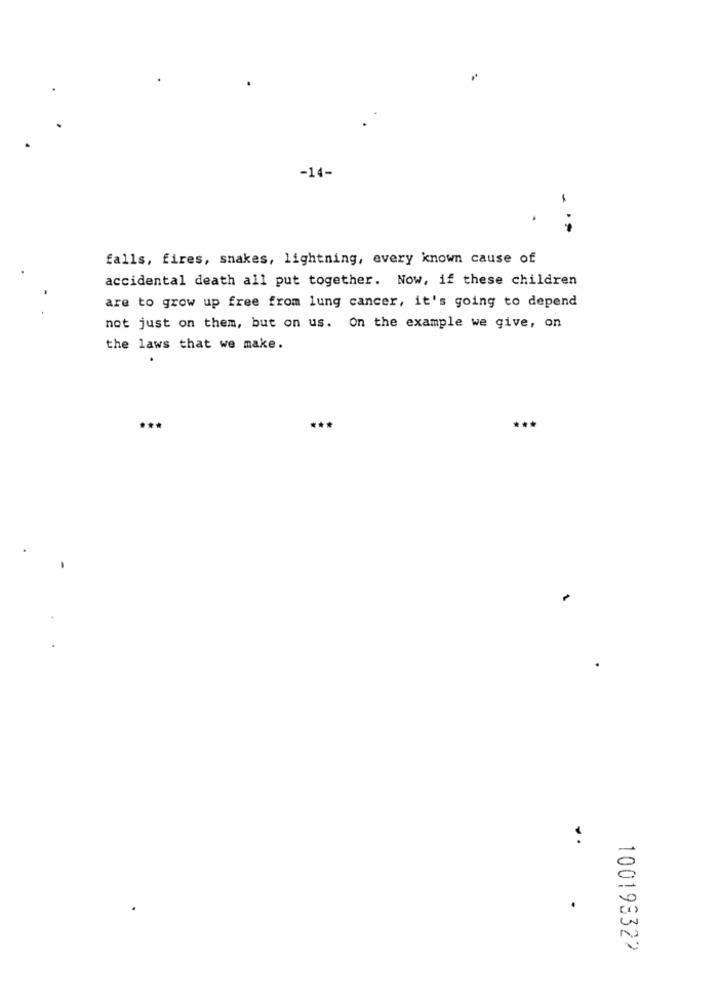
-14-
falls, fires, snakes, lightning, every known cause of
accidental death all put together. Now, if these children
are to grow up free from lung cancer, it's going to depend
not just on them, but on us. On the example we give, on
the laws that we make.
...
100193322